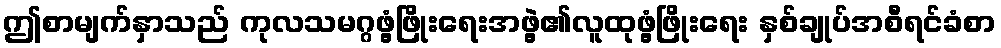
ဤစာမျက်နှာသည် ကုလသမဂ္ဂဖွံ့ဖြိုးရေးအဖွဲ့၏လူထုဖွံ့ဖြိုးရေး နှစ်ချုပ်အစီရင်ခံစာ